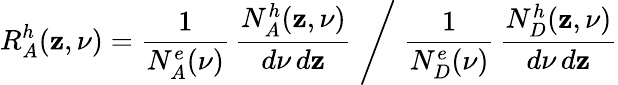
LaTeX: R_{A}^{h}(\mathbf{z},\nu)=\frac{{1}}{{N_{A}^{e}(\nu)}}\, \frac{{N_{A}^{h}(\mathbf{z},\nu)}}{{d\nu\, d\mathbf{z}}}\Biggm/\frac{{1}}{{N_{D}^{e}(\nu)}}\, \frac{{N_{D}^{h}(\mathbf{z},\nu)}}{{d\nu\, d\mathbf{z}}}